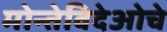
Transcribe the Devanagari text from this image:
मोन्तेविदेओचे